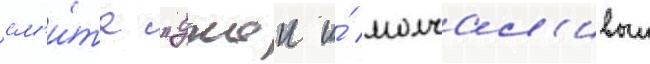
см'и́та "джеи и́ молчал'ивыи